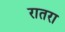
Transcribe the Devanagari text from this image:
रातरा